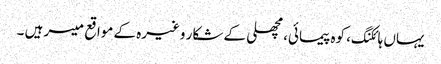
یہاں ہائکنگ، کوہ پیمائی، مچھلی کے شکار وغیرہ کے مواقع میسر ہیں ۔